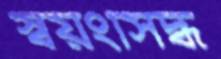
স্বয়ংসিদ্ধ